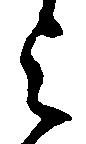
令